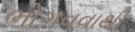
ભોગવવાથી